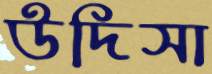
উদিসা